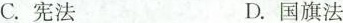
C.宪法 D.国旗法